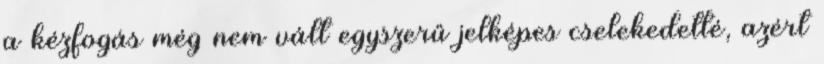
a kézfogás még nem vált egyszerű jelképes cselekedetté, azért